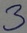
Text: 3